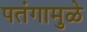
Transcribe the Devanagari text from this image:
पतंगामुळे